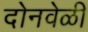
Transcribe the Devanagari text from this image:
दोनवेळी